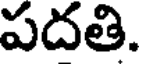
పదతి.